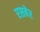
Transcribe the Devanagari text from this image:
रसबेर